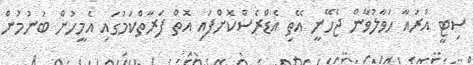
ސިޓީ އުރައާ ހަވާލުވާން ޖެހޭނީ އޭތި އެޑްރެސްކޮށްފައި އޮތް ފަރާތްކަމުގައި އެމީހުން ބުނުމުން